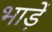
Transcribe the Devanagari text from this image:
भाड़ें